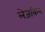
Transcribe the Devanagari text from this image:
लेजकिन